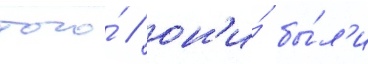
того́ / он'и́ бы́л'и